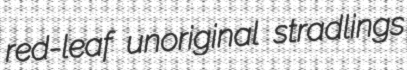
red-leaf unoriginal stradlings